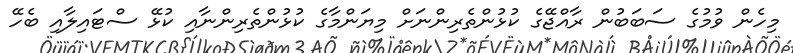
މިހެން ވުމުގެ ސަބަބުން ރާއްޖޭގެ ކުޅުންތެރިންނަށް މިޔަންމާގެ ކުޅުންތެރިންނާއި ކުޅޭ ސްޓައިލާއި ބެހޭ